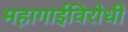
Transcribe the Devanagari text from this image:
महागाईविरोधी